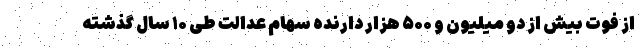
از فوت بیش از دو میلیون و ۵۰۰ هزار دارنده سهام عدالت طی ۱۰ سال گذشته